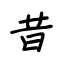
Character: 昔